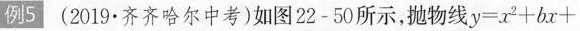
例5 (2019 \bullet 齐齐哈尔中考) 如图22-50所示，抛物线 $$y = x 2 + b x +